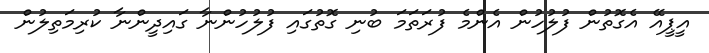
އީޕީއޭ އެގޮތުން ފުލުހުން އެންމެ ފުރަތަމަ ބުނި ގޮތުގައި ފުލުހުންނާ ގައިދީންނާ ކުރިމަތިލުން